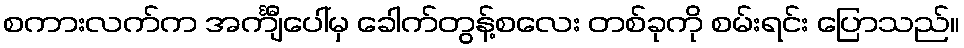
စကားလက်က အင်္ကျီပေါ်မှ ခေါက်တွန့်စလေး တစ်ခုကို စမ်းရင်း ပြောသည်။